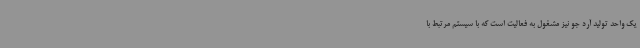
یک واحد تولید آرد جو نیز مشغول به فعالیت است که با سیستم مرتبط با